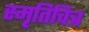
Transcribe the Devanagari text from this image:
स्मृतिचित्र